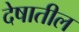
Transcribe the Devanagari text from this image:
देषातील